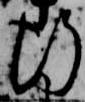
行